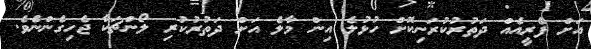
އަށް ފެރީއެއް ދަތުރުކުރަނިކޮށް ހުޅުލެ އިން މާލެ އަށް ދަތުރުކުރި ލޯންޗަކާ ޖެހިގެންނެވެ.